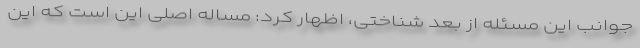
جوانب این مسئله از بعد شناختی، اظهار کرد: مساله اصلی این است که این